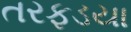
તરફડયા